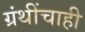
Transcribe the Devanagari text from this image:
ग्रंथींचाही